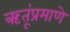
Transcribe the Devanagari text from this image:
ऋतूंप्रमाणे